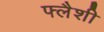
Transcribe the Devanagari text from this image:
फ्लैशी